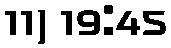
11) 19:45